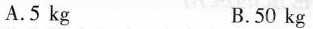
A.5kg B.50kg